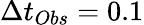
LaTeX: \Delta t_{Obs}=0.1